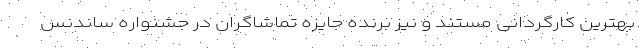
بهترین کارگردانی مستند و نیز برنده جایزه تماشاگران در جشنواره ساندنس